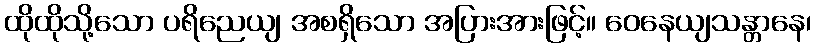
ထိုထိုသို့သော ပရိညေယျ အစရှိသော အပြားအားဖြင့်။ ဝေနေယျသန္တာနေ၊